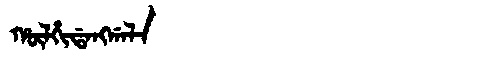
Manchu: ᡥᡡᠯᡥᡳᡩᠠᠩᡤᠠᠯᠠ
Romanization: HŪLHIDANGGALA